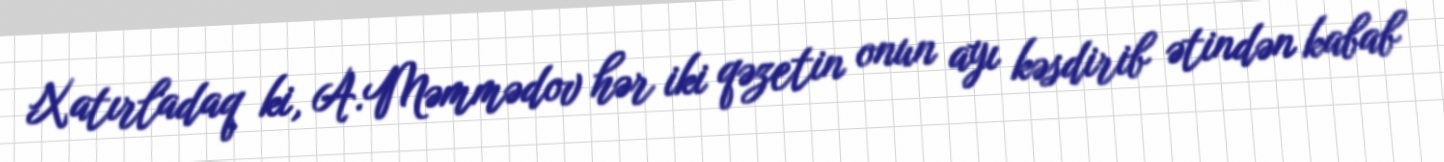
Xatırladaq ki, A.Məmmədov hər iki qəzetin onun ayı kəsdirib ətindən kabab